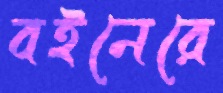
বইনেরে